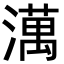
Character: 澫